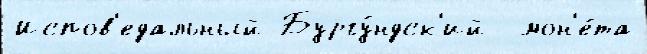
Испов'едальный Бургу́ндск'ий  мон'е́та